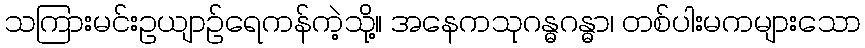
သကြားမင်းဥယျာဉ်ရေကန်ကဲ့သို့။ အနေကသုဂန္ဓဂန္ဓာ၊ တစ်ပါးမကများသော